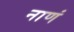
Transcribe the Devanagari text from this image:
नाणं